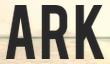
ARK